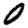
Digit: 0